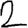
Digit: 2